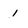
Character: 1